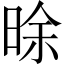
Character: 𣇞